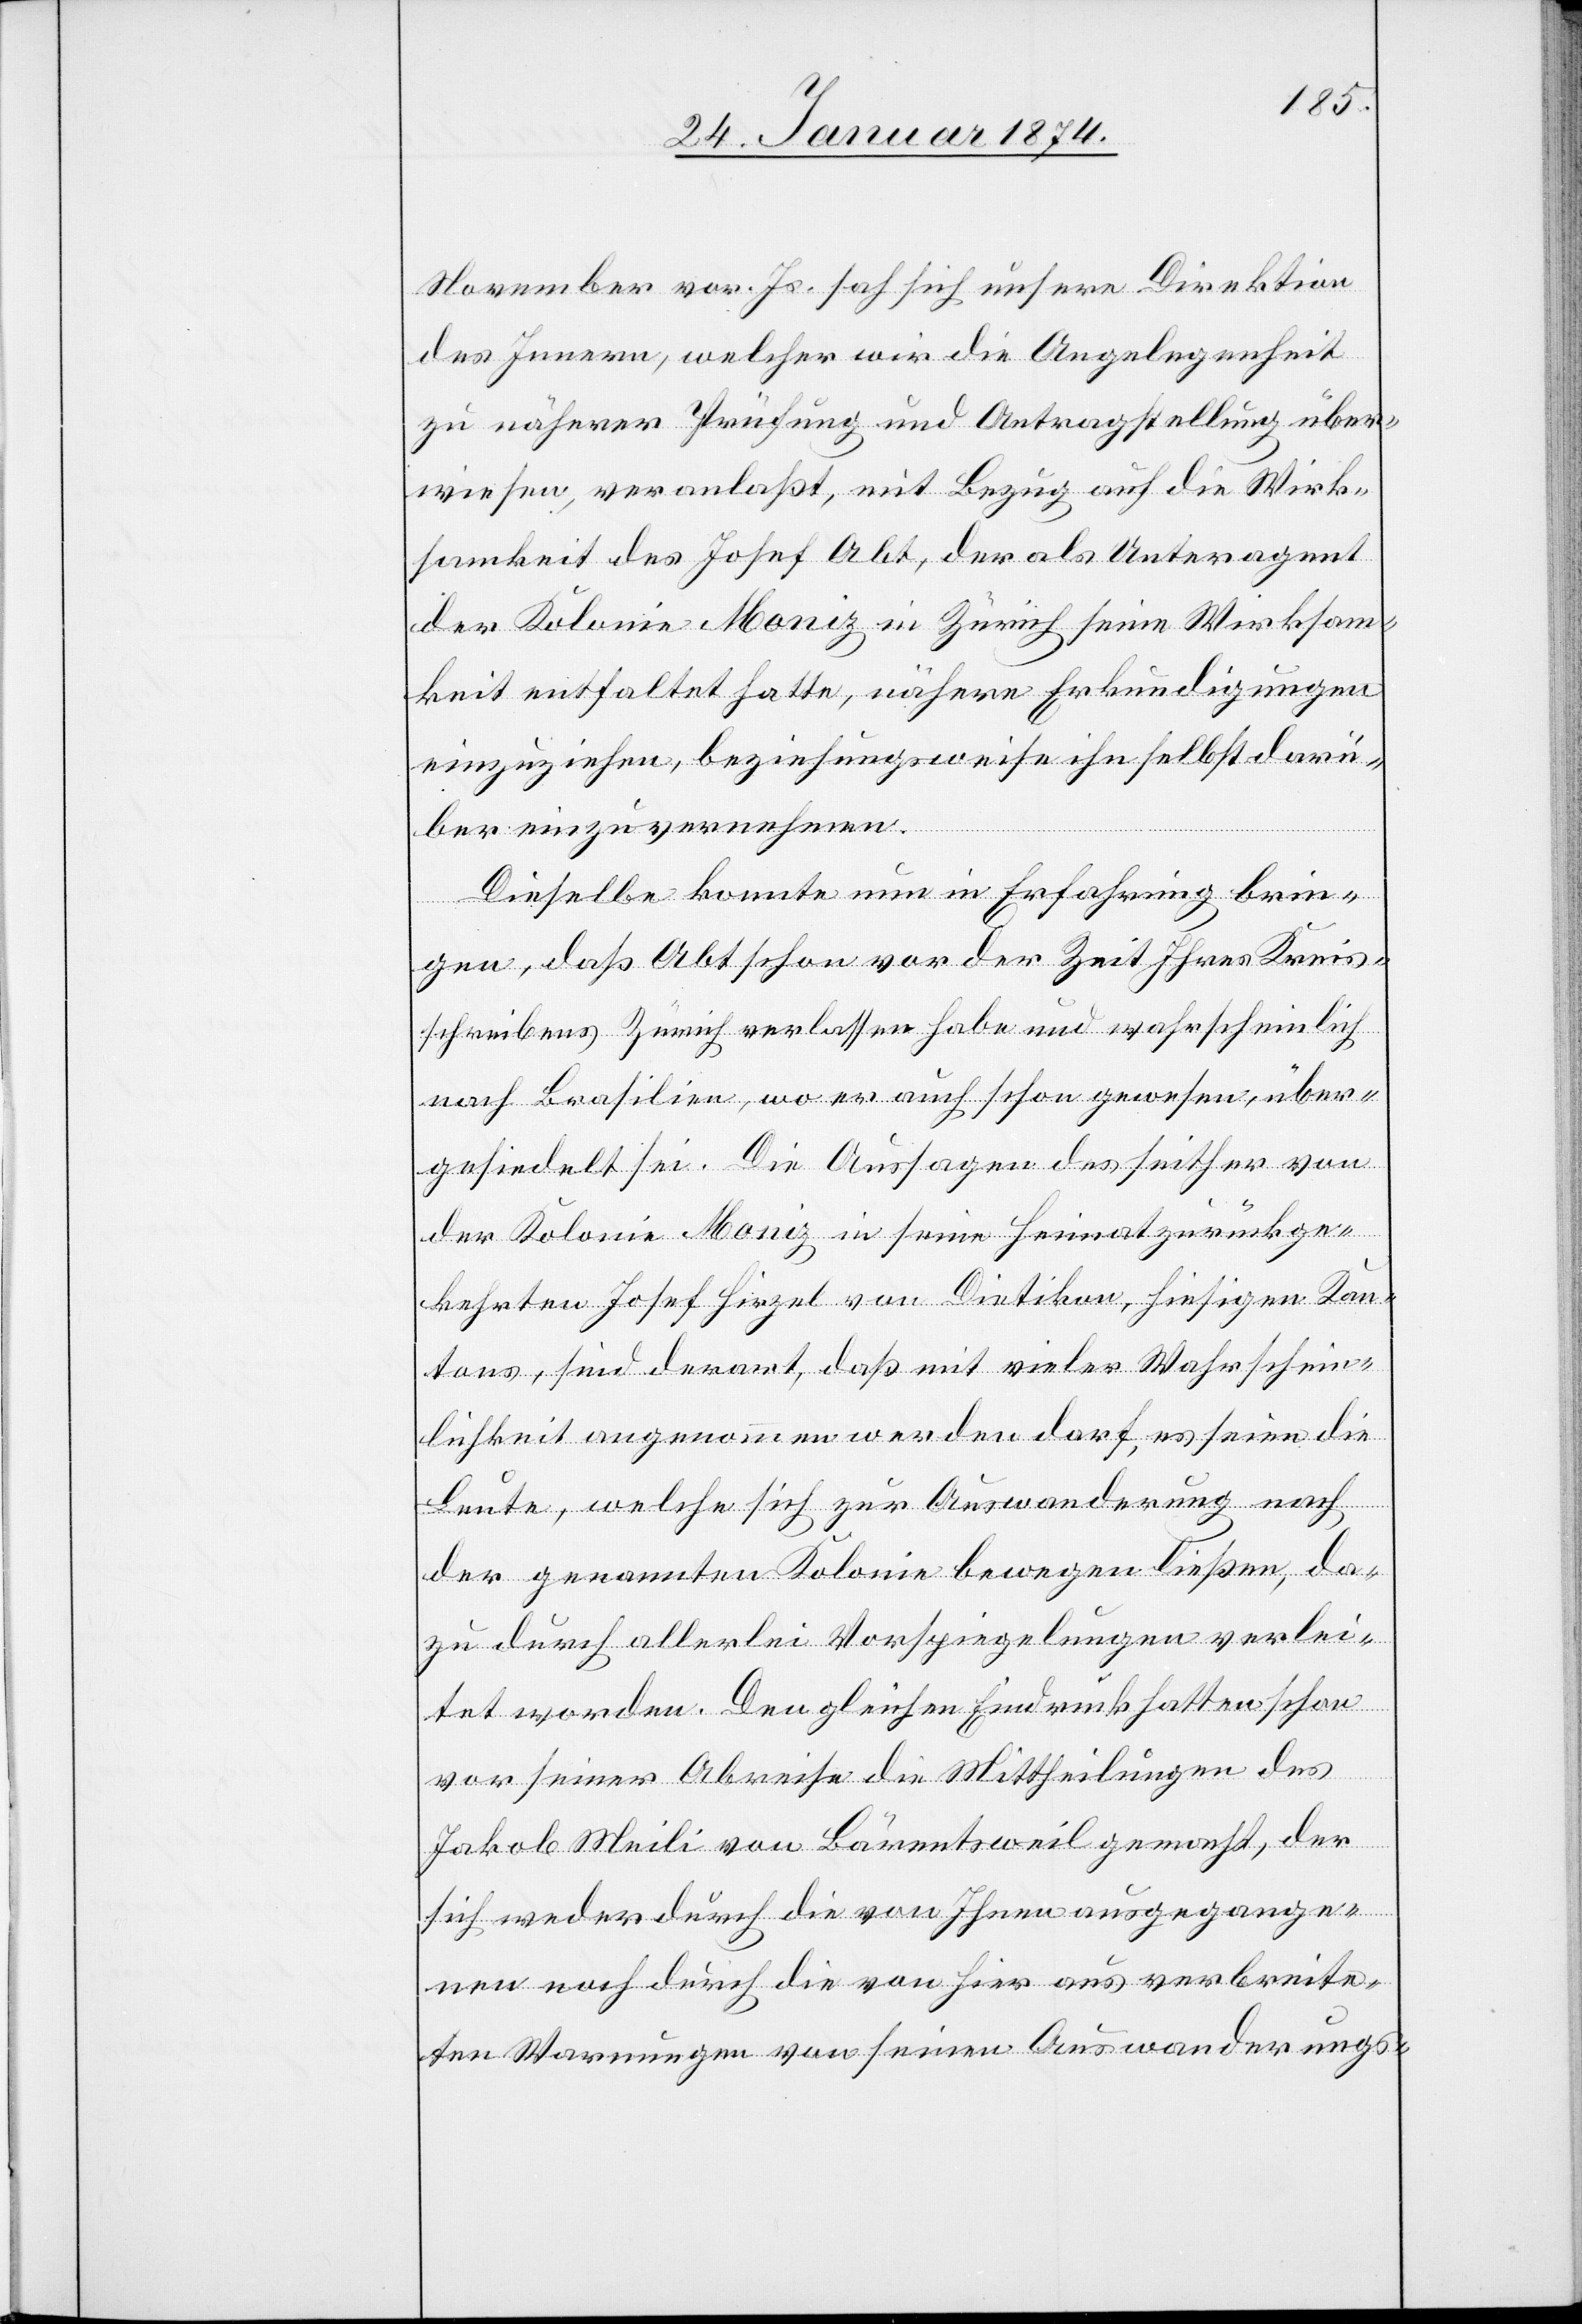
November vor. Js. sah sich unsere Direktion
des Innern, welcher wir die Angelegenheit
zu näherer Prüfung und Antragstellung über¬
wiesen, veranlaßt, mit Bezug auf die Wirk¬
samkeit des Josef [sic!] Abt, der als Unteragent
der Kolonie Moniz in Zürich seine Wirksam¬
keit entfaltet hatte, nähere Erkundigungen
einzuziehen, beziehungsweise ihn selbst darü¬
ber einzuvernehmen.
Dieselbe konnte nun in Erfahrung brin¬
gen, daß Abt schon vor der Zeit Ihres Kreis¬
schreibens Zürich verlassen habe und wahrscheinlich
nach Brasilien, wo er auch schon gewesen, über¬
gesiedelt sei. Die Aussagen des seither von
der Kolonie Moniz in seine Heimat zurückge¬
kehrten Josef Hirzel von Dietikon, hiesigen Kan¬
tons, sind derart, daß mit vieler Wahrschein¬
lichkeit angenommen werden darf, es seien die
Leute, welche sich zur Auswanderung nach
der genannten Kolonie bewegen ließen, da¬
zu durch allerlei Vorspiegelungen verlei¬
tet worden. Den gleichen Eindruck hatten schon
vor seiner Abreise die Mittheilungen des
Jakob Meili von Bärentsweil gemacht, der
sich weder durch die von Ihnen ausgegange¬
nen noch durch die von hier aus verbreite¬
ten Warnungen von seinen Auswanderungs-